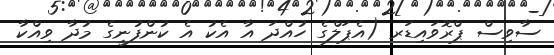
ސާވިސް ޕްރޮވައިޑަރ (އެޕަލްގެ ހުއްދަ އާ އެކު އެ ކުންފުނީގެ މުދާ ވިއްކާ